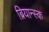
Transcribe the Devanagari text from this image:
ब्रियान्स्क